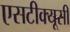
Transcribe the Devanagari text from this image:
एसटीक्यूसी